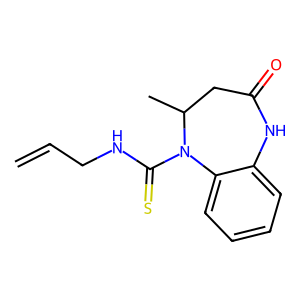
SMILES: C=CCNC(=S)N1c2ccccc2NC(=O)CC1C
Inhibits HIV replication: No